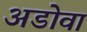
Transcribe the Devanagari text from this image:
अडोवा